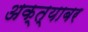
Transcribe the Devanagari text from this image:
अक्त्याबर